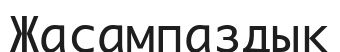
Жасампаздық